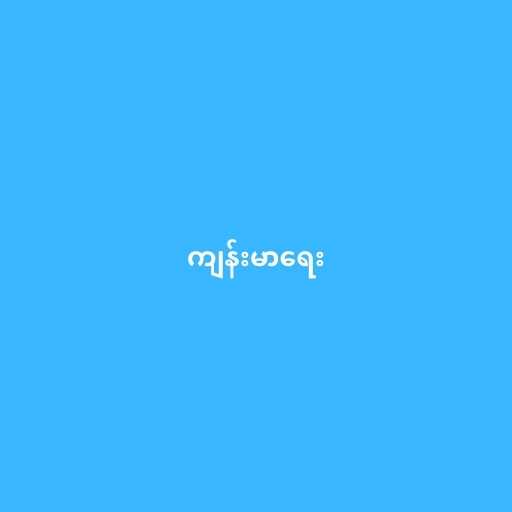
ကျန်းမာရေး